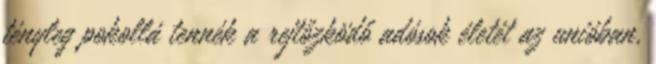
tényleg pokollá tennék a rejtőzködő adósok életét az unióban,